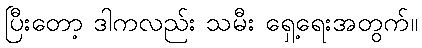
ပြီးတော့ ဒါကလည်း သမီး ရှေ့ရေးအတွက်။